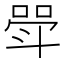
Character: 斝